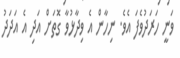
ވަނީ ހަރަދުވެފަ އެވެ. ނިހާން އެ ވިދާޅުވާ ގޮތަށް އަދި އެ އަދަދު